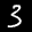
Label: 3